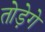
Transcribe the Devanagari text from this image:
तोड़ेगे